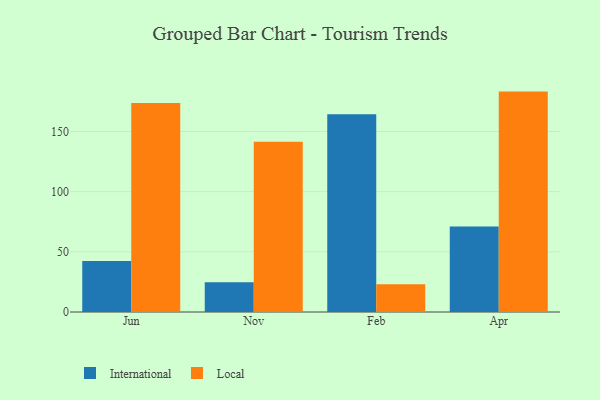
{"axis": {"x": "Month", "y": "Latency (ms)"}, "legend": ["International", "Local"], "data": [{"x": "Jun", "y": 42.3, "type": "International"}, {"x": "Jun", "y": 173.7, "type": "Local"}, {"x": "Nov", "y": 24.7, "type": "International"}, {"x": "Nov", "y": 141.4, "type": "Local"}, {"x": "Feb", "y": 164.2, "type": "International"}, {"x": "Feb", "y": 23.0, "type": "Local"}, {"x": "Apr", "y": 71.1, "type": "International"}, {"x": "Apr", "y": 183.1, "type": "Local"}]}